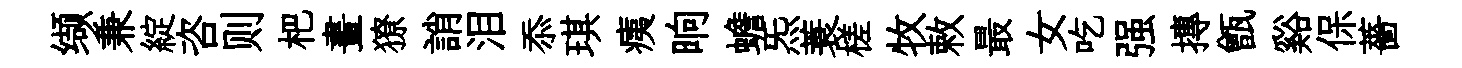
缬兼綻咨则杷晝獠誚泪忝琪痍晌蟾炁蓑槎牧敕最女吃强摶甑谿保薔